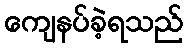
ကျေနပ်ခဲ့ရသည်